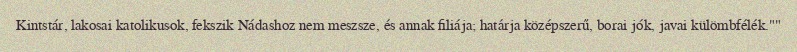
Kintstár, lakosai katolikusok, fekszik Nádashoz nem meszsze, és annak filiája; határja középszerű, borai jók, javai külömbfélék.""